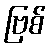
ဗြစ်